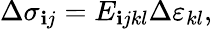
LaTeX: \Delta\sigma_{\mathbf{i}j}=E_{\mathbf{i}jkl}\Delta\varepsilon_{kl},